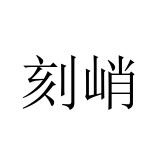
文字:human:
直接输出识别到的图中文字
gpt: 刻峭